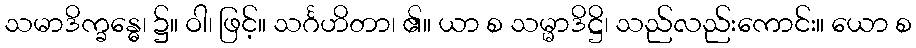
သမာဒိက္ခန္ဓေ၊ ၌။ ဝါ၊ ဖြင့်။ သင်္ဂဟိတာ၊ ၏။ ယာ စ သမ္မာဒိဋ္ဌိ၊ သည်လည်းကောင်း။ ယော စ